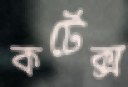
কর্টেক্স